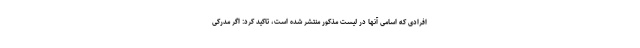
افرادی که اسامی آنها در لیست مذکور منتشر شده است، تاکید کرد: اگر مدرکی